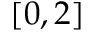
[ 0 , 2 ]